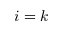
i = k